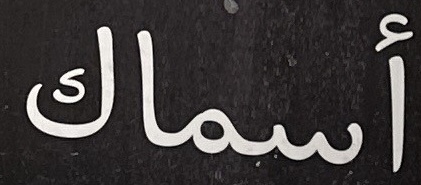
أسماك